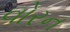
વોરન